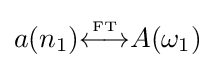
a(n_{1}){\overset {\underset {\mathrm {FT} }{}}{\longleftrightarrow }}A(\omega _{1})